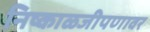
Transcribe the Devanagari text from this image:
निष्काळजीपणावर